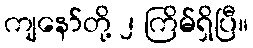
ကျနော်တို့ ၂ ကြိမ်ရှိပြီ။